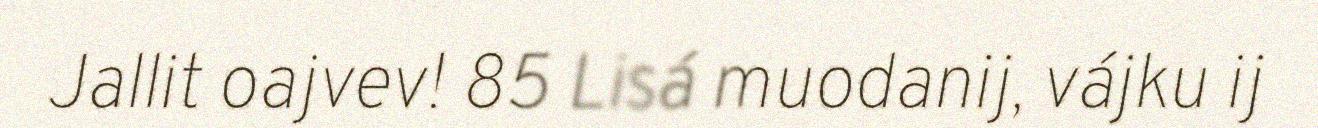
Jallit oajvev! 85 Lisá muodanij, vájku ij